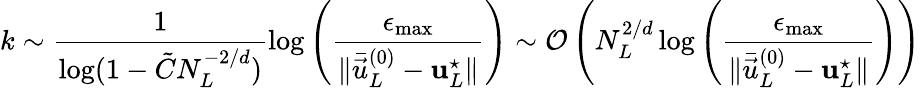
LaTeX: k\sim\frac{1}{\log(1-\tilde{C}N_{L}^{-2/d})}\log\left(\frac{\epsilon_{\operatorname*{max}}}{\| \bar{\vec{u}}_{L}^{(0)}-\boldsymbol{\mathbf{u}}_{L}^{\star}\| }\right)\sim\mathcal{O}\left(N_{L}^{2/d}\log\left(\frac{\epsilon_{\operatorname*{max}}}{\| \bar{\vec{u}}_{L}^{(0)}-\boldsymbol{\mathbf{u}}_{L}^{\star}\| }\right)\right)